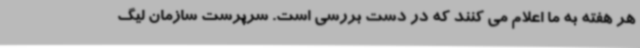
هر هفته به ما اعلام می کنند که در دست بررسی است. سرپرست سازمان لیگ